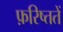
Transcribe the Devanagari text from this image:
फ़रिष्ततें